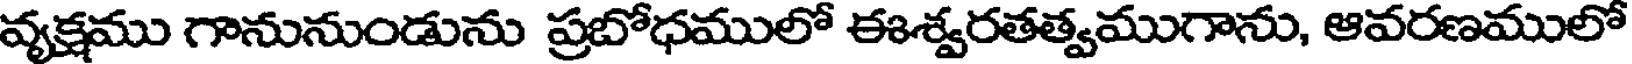
వ్యక్షము గానునుండును ప్రబోధములో ఈశ్వరతత్వముగాను, ఆవరణములో